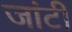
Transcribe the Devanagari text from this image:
जांटी